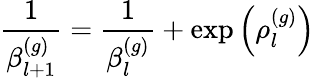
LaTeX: \frac{1}{\beta_{l+1}^{(g)}}=\frac{1}{\beta_{l}^{(g)}}+\exp{\left(\rho_{l}^{(g)}\right)}